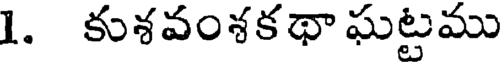
1. కుశవంశకథా ఘట్టము